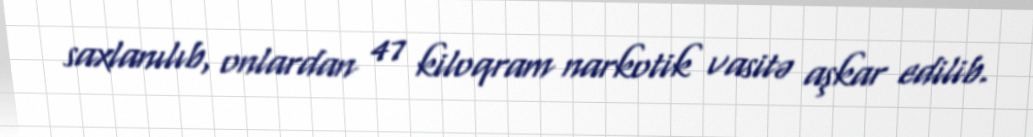
saxlanılıb, onlardan 47 kiloqram narkotik vasitə aşkar edilib.